Civil Veterinary Department ledger series I-VI
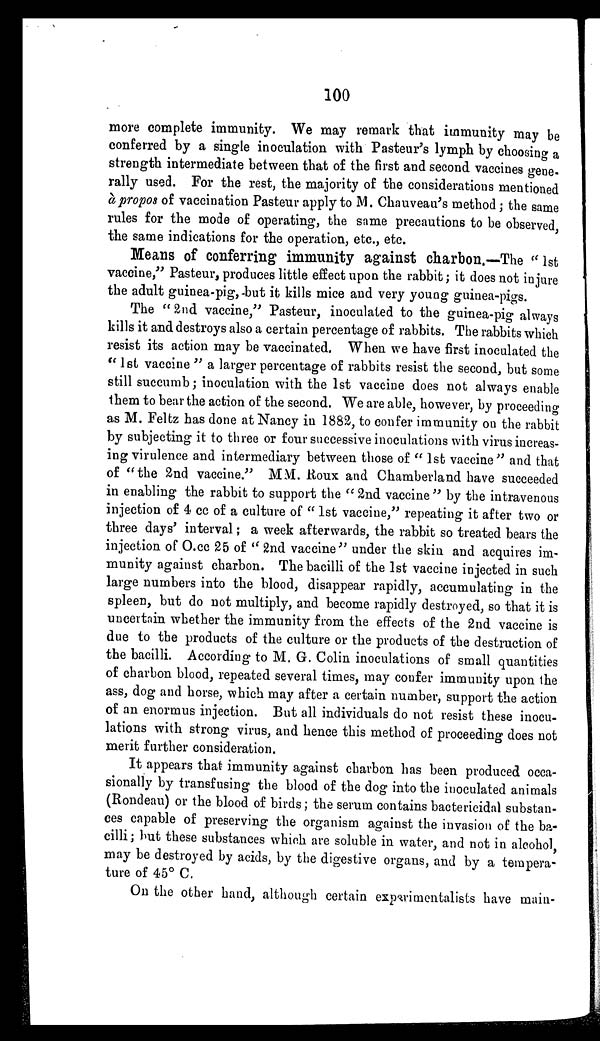
100
more complete immunity. We may remark that immunity may be
conferred by a single inoculation with Pasteur's lymph by choosing a
strength intermediate between that of the first and second vaccines gene-
rally used. For the rest, the majority of the considerations mentioned
à propos of vaccination Pasteur apply to M. Chauveau's method; the same
rules for the mode of operating, the same precautions to be observed,
the same indications for the operation, etc., etc.
Means of conferring immunity against charbon.—The "1st
vaccine," Pasteur, produces little effect upon the rabbit; it does not injure
the adult guinea-pig, but it kills mice and very young guinea-pigs.
The "2nd vaccine," Pasteur, inoculated to the guinea-pig always
kills it and destroys also a certain percentage of rabbits. The rabbits which
resist its action may be vaccinated. When we have first inoculated the
"1st vaccine" a larger percentage of rabbits resist the second, but some
still succumb; inoculation with the 1st vaccine does not always enable
them to bear the action of the second. We are able, however, by proceeding
as M. Feltz has done at Nancy in 1882, to confer immunity on the rabbit
by subjecting it to three or four successive inoculations with virus increas-
ing virulence and intermediary between those of "1st vaccine" and that
of "the 2nd vaccine." MM. Roux and Chamberland have succeeded
in enabling the rabbit to support the "2nd vaccine" by the intravenous
injection of 4 cc of a culture of "1st vaccine," repeating it after two or
three days' interval; a week afterwards, the rabbit so treated bears the
injection of O.cc 25 of "2nd vaccine" under the skin and acquires im-
munity against charbon. The bacilli of the 1st vaccine injected in such
large numbers into the blood, disappear rapidly, accumulating in the
spleen, but do not multiply, and become rapidly destroyed, so that it is
uncertain whether the immunity from the effects of the 2nd vaccine is
due to the products of the culture or the products of the destruction of
the bacilli. According to M. G. Colin inoculations of small quantities
of charbon blood, repeated several times, may confer immunity upon the
ass, dog and horse, which may after a certain number, support the action
of an enormus injection. But all individuals do not resist these inocu-
lations with strong virus, and hence this method of proceeding does not
merit further consideration.
It appears that immunity against charbon has been produced occa-
sionally by transfusing the blood of the dog into the inoculated animals
(Rondeau) or the blood of birds; the serum contains bactericidal substan-
ces capable of preserving the organism against the invasion of the ba-
cilli; but these substances which are soluble in water, and not in alcohol,
may be destroyed by acids, by the digestive organs, and by a tempera-
ture of 45° C.
On the other hand, although certain experimentalists have main-